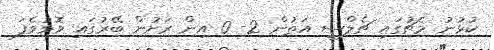
ކުޅުނު މެޗުގައި ޗެލްސީ އަތުން 2- 0 އިން ރަށުން ބޭރުގައި މޮޅުވެފަ